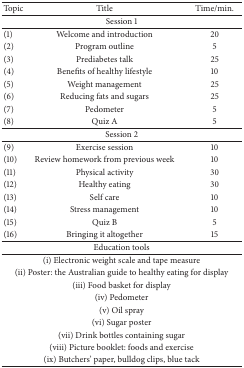
| Topic | Title | Time/min. |
 | --- | --- | --- |
 | <COLSPAN=3> Session 1 |
 | (1) | Welcome and introduction | 20 |
 | (2) | Program outline | 5 |
 | (3) | Prediabetes talk | 25 |
 | (4) | Benefits of healthy lifestyle | 10 |
 | (5) | Weight management | 25 |
 | (6) | Reducing fats and sugars | 25 |
 | (7) | Pedometer | 5 |
 | (8) | Quiz A | 5 |
 | <COLSPAN=3> Session 2 |
 | (9) | Exercise session | 10 |
 | (10) | Review homework from previous week | 10 |
 | (11) | Physical activity | 30 |
 | (12) | Healthy eating | 30 |
 | (13) | Self care | 10 |
 | (14) | Stress management | 10 |
 | (15) | Quiz B | 5 |
 | (16) | Bringing it altogether | 15 |
 | <COLSPAN=3> Education tools |
 | <COLSPAN=3> (i) Electronic weight scale and tape measure |
 | <COLSPAN=3> (ii) Poster: the Australian guide to healthy eating for display |
 | <COLSPAN=3> (iii) Food basket for display |
 | <COLSPAN=3> (iv) Pedometer |
 | <COLSPAN=3> (v) Oil spray |
 | <COLSPAN=3> (vi) Sugar poster |
 | <COLSPAN=3> (vii) Drink bottles containing sugar |
 | <COLSPAN=3> (viii) Picture booklet: foods and exercise |
 | <COLSPAN=3> (ix) Butchers' paper, bulldog clips, blue tack |